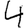
Digit: 4